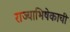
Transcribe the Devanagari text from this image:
राज्याभिषेकाची